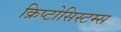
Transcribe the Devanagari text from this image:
क्रिप्टोसिस्टम्स